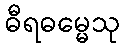
ဓီရဓမ္မေသု